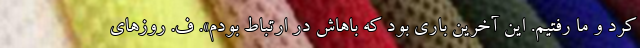
کرد و ما رفتیم. این آخرین باری بود که باهاش در ارتباط بودم». ف. روزهای